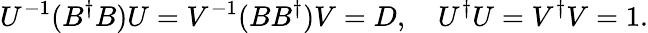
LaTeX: U^{-1}(B^{\dagger}B)U=V^{-1}(BB^{\dagger})V=D,\quad U^{\dagger}U=V^{\dagger}V=1.